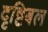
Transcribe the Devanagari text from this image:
दृष्टिबल